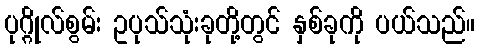
ပုဂ္ဂိုလ်စွမ်း ဥပုသ်သုံးခုတို့တွင် နှစ်ခုကို ပယ်သည်။